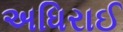
અધિરાઈ